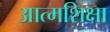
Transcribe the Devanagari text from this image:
आत्मशिक्षा